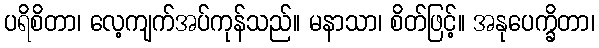
ပရိစိတာ၊ လေ့ကျက်အပ်ကုန်သည်။ မနာသာ၊ စိတ်ဖြင့်။ အနုပေက္ခိတာ၊